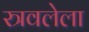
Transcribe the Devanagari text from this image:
स्त्रवलेला